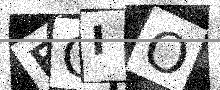
Text: FOIO